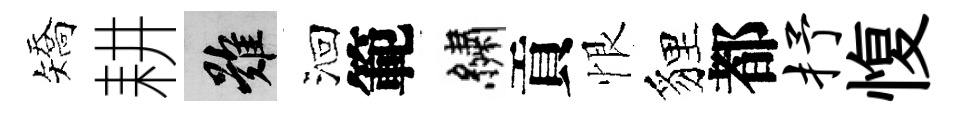
矯耕難洄範繡貢恨貍都抒愎